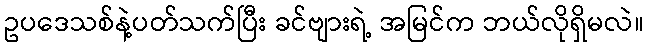
ဥပဒေသစ်နဲ့ပတ်သက်ပြီး ခင်ဗျားရဲ့ အမြင်က ဘယ်လိုရှိမလဲ။